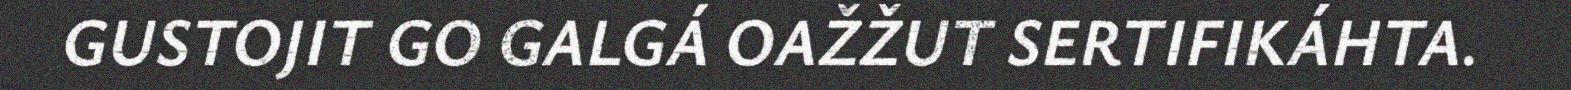
GUSTOJIT GO GALGÁ OAŽŽUT SERTIFIKÁHTA.